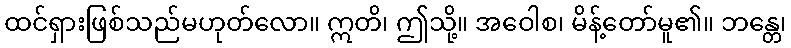
ထင်ရှားဖြစ်သည်မဟုတ်လော။ ဣတိ၊ ဤသို့။ အဝေါစ၊ မိန့်တော်မူ၏။ ဘန္တေ၊